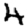
Digit: 4